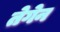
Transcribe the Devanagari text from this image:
तेगेन